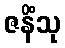
ဇနိံသု